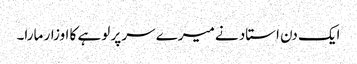
ایک دن استاد نے میرے سر پر لوہے کا اوزار مارا۔